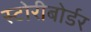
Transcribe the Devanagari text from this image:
स्टोरीबोर्डर